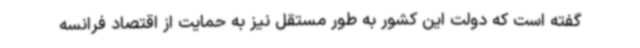
گفته است که دولت این کشور به طور مستقل نیز به حمایت از اقتصاد فرانسه